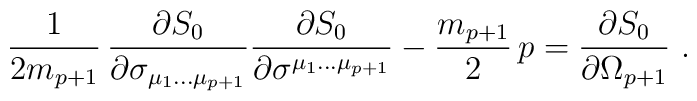
{1\over 2 m_{p+1}}\,{ \partial   S_0\over \partial \sigma_{\mu_1\dots\mu_{p+1} }}   {\partial S_0\over \partial	\sigma^{\mu_1\dots\mu_{p+1}}} -\frac{m_{p+1}}{2}\, p	 = {\partial S_0\over\partial \Omega_{p+1}}\ .